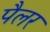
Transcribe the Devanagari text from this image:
पैलर